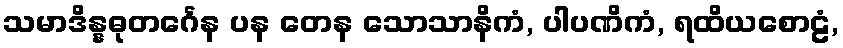
သမာဒိန္နဓုတင်္ဂေန ပန တေန သောသာနိကံ, ပါပဏိကံ, ရထိယစောဠံ,